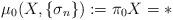
LaTeX: \begin{align*} \mu_0(X,\{\sigma_n\}):=\pi_0X=\ast \end{align*}